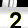
Digit: 2